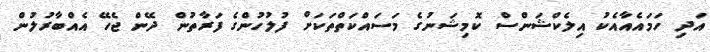
އަދި ހަމައެއާއެކު އިލެކްޝަންސް ކޮމިޝަނުގެ މަސައްކަތްތަކަށް ފުލުހުންގެ ފަރާތުން ދޭން ޖެހޭ އެއްބާރުލުން